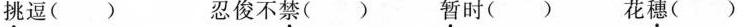
挑逗() 忍俊不禁() 暂时() 花穗()